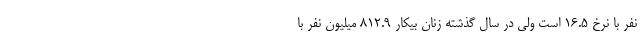
نفر با نرخ ۱۶.۵ است ولی در سال گذشته زنان بیکار ۸۱۲.۹ میلیون نفر با